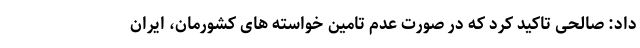
داد: صالحی تاکید کرد که در صورت عدم تامین خواسته های کشورمان، ایران